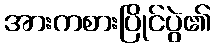
အားကစားပြိုင်ပွဲ၏